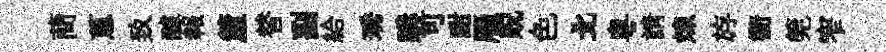
蕳蔥致醵報釐替副給琇購可酣雁貺色北粤請煉斿衢筦窄